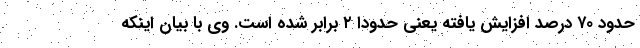
حدود ۷۰ درصد افزایش یافته یعنی حدودا ۲ برابر شده است. وی با بیان اینکه